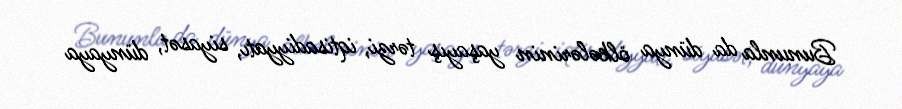
Bununla da dünya ölkələrinin yaşayış tərzi, iqtisadiyyatı, siyasət, dünyaya